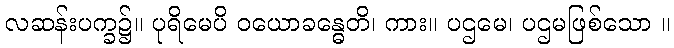
လဆန်းပက္ခ၌။ ပုရိမေပိ ဝယောခန္ဓေတိ၊ ကား။ ပဌမေ၊ ပဌမဖြစ်သော ။